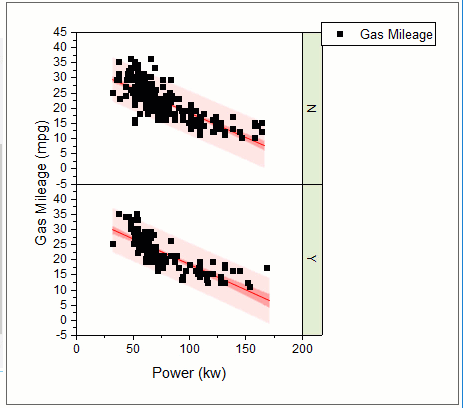
originLab, graph maker app, scatter plot, grouped, fitted curve, confidence bands, prediciton bands